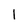
Character: 1